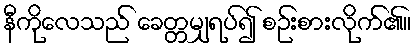
နီကိုလေသည် ခေတ္တမျှရပ်၍ စဉ်းစားလိုက်၏။